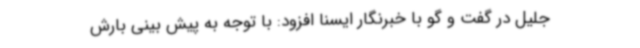
جلیل در گفت و گو با خبرنگار ایسنا افزود: با توجه به پیش بینی بارش